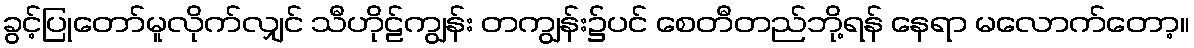
ခွင့်ပြုတော်မူလိုက်လျှင် သီဟိုဠ်ကျွန်း တကျွန်း၌ပင် စေတီတည်ဘို့ရန် နေရာ မလောက်တော့။